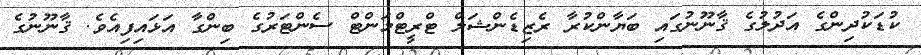
ކުޑަކުދިންގެ އަދުލުގެ ޤާނޫނުގައި ބަޔާންކުރާ ރެޒިޑެންޝަލް ޓްރީޓްމަންޓް ސެންޓަރުގެ ބިންގާ އަޅައިފިއެވެ. ޤާނޫނުގެ